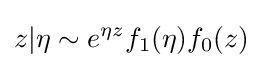
z|\eta \sim e^{\eta z}f_{1}(\eta )f_{0}(z)